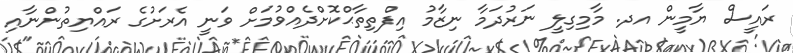
ރައީސް ޔާމީން އދ. މާމިގިލީ ނަރުދަމާ ނިޒާމު އިފްތިތާޙްކޮށްދެއްވުމަށް ވަނީ އެރަށުގެ ރައްޔިތުންނާއި